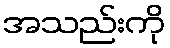
အသည်းကို